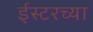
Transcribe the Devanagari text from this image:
ईस्टरच्या